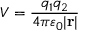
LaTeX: V = { \frac { q _ { 1 } q _ { 2 } } { 4 \pi \varepsilon _ { 0 } | \mathbf { r } | } }